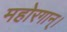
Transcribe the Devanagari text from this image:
महोरगान्।